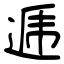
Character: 逓